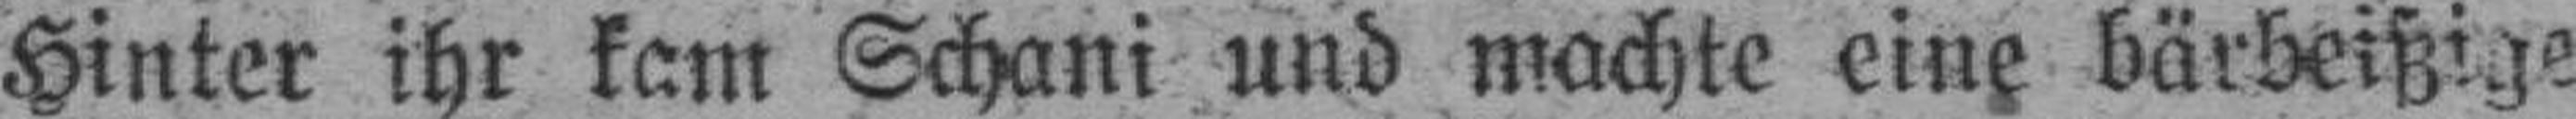
Hinter ihr kam Schani und machte eine bärbeißige